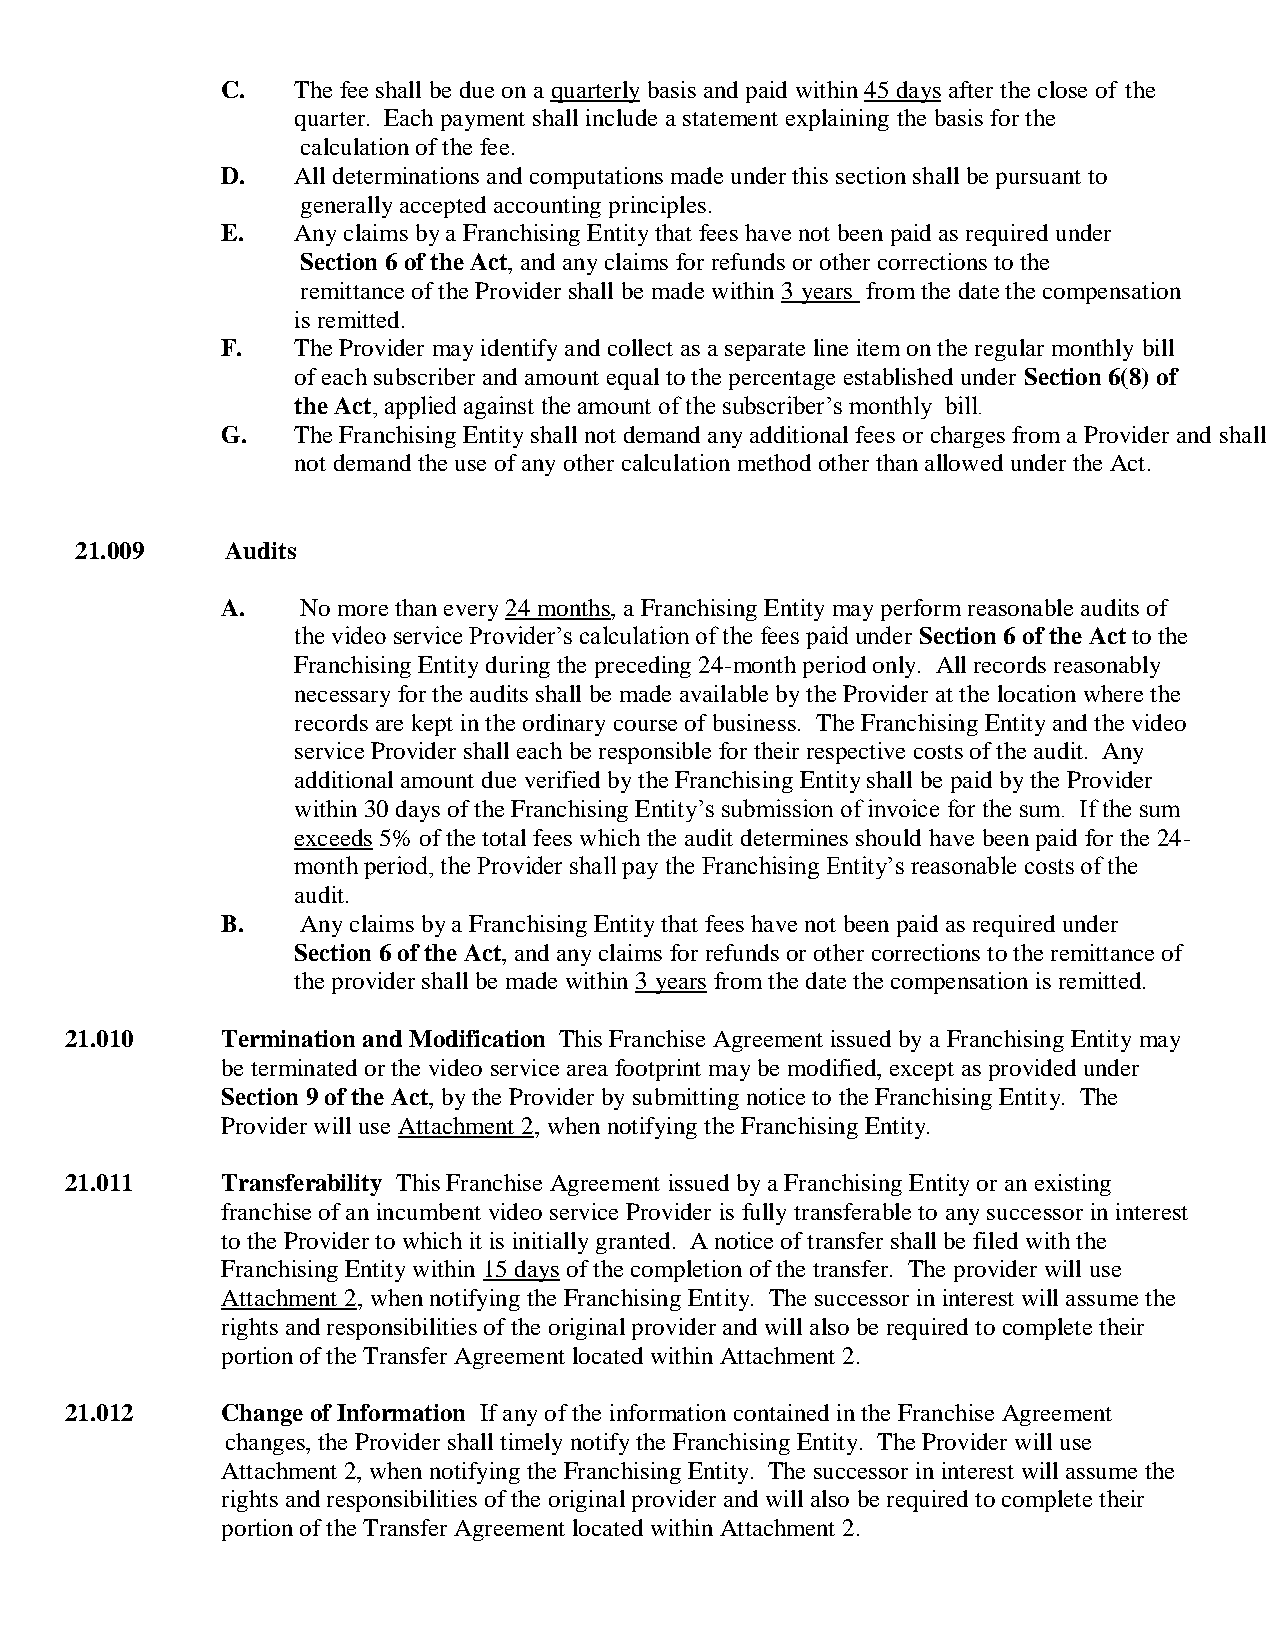
C.  The fee shall be due on a quarterly basis and paid within 45 days after the close of the
 quarter. Each payment shall include a statement explaining the basis for the
 calculation of the fee.
 D.  All determinations and computations made under this section shall be pursuant to
 generally accepted accounting principles.
 E.  Any claims by a Franchising Entity that fees have not been paid as required under
 Section 6 of the Act, and any claims for refunds or other corrections to the
 remittance of the Provider shall be made within 3 years from the date the compensation
 is remitted.
 F.  The Provider may identify and collect as a separate line item on the regular monthly bill
 of each subscriber and amount equal to the percentage established under Section 6(8) of
 the Act, applied against the amount of the subscriber’s monthly bill.
 G.  The Franchising Entity shall not demand any additional fees or charges from a Provider and shall
 not demand the use of any other calculation method other than allowed under the Act.
 21.009    Audits
 A.   No more than every 24 months, a Franchising Entity may perform reasonable audits of
 the video service Provider’s calculation of the fees paid under Section 6 of the Act to the
 Franchising Entity during the preceding 24-month period only. All records reasonably
 necessary for the audits shall be made available by the Provider at the location where the
 records are kept in the ordinary course of business. The Franchising Entity and the video
 service Provider shall each be responsible for their respective costs of the audit. Any
 additional amount due verified by the Franchising Entity shall be paid by the Provider
 within 30 days of the Franchising Entity’s submission of invoice for the sum. If the sum
 exceeds 5% of the total fees which the audit determines should have been paid for the 24-
 month period, the Provider shall pay the Franchising Entity’s reasonable costs of the
 audit.
 B.   Any claims by a Franchising Entity that fees have not been paid as required under
 Section 6 of the Act, and any claims for refunds or other corrections to the remittance of
 the provider shall be made within 3 years from the date the compensation is remitted.
 21.010     Termination and Modification This Franchise Agreement issued by a Franchising Entity may
 be terminated or the video service area footprint may be modified, except as provided under
 Section 9 of the Act, by the Provider by submitting notice to the Franchising Entity. The
 Provider will use Attachment 2, when notifying the Franchising Entity.
 21.011     Transferability This Franchise Agreement issued by a Franchising Entity or an existing
 franchise of an incumbent video service Provider is fully transferable to any successor in interest
 to the Provider to which it is initially granted. A notice of transfer shall be filed with the
 Franchising Entity within 15 days of the completion of the transfer. The provider will use
 Attachment 2, when notifying the Franchising Entity. The successor in interest will assume the
 rights and responsibilities of the original provider and will also be required to complete their
 portion of the Transfer Agreement located within Attachment 2.
 21.012     Change of Information If any of the information contained in the Franchise Agreement
 changes, the Provider shall timely notify the Franchising Entity. The Provider will use
 Attachment 2, when notifying the Franchising Entity. The successor in interest will assume the
 rights and responsibilities of the original provider and will also be required to complete their
 portion of the Transfer Agreement located within Attachment 2.